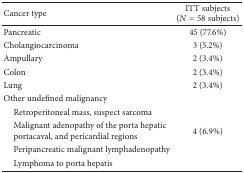
| Cancer type | ITT subjects (N = 58 subjects) |
 | --- | --- |
 | Pancreatic | 45 (77.6%) |
 | Cholangiocarcinoma | 3 (5.2%) |
 | Ampullary | 2 (3.4%) |
 | Colon | 2 (3.4%) |
 | Lung | 2 (3.4%) |
 | Other undefined malignancy |  |
 | Retroperitoneal mass, suspect sarcoma |  |
 | Malignant adenopathy of the porta hepatic portacaval, and pericardial regions | 4 (6.9%) |
 | Peripancreatic malignant lymphadenopathy |  |
 | Lymphoma to porta hepatis |  |